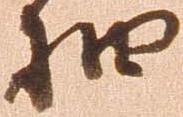
抽